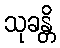
သုခန္တိ